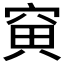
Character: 𥦕